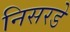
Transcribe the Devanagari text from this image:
निसरडे